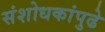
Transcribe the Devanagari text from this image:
संशोधकांपुढे